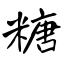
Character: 糖